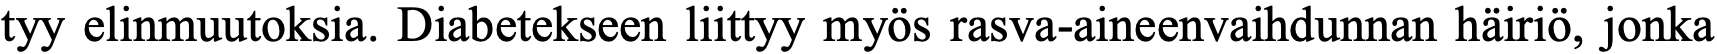
tyy elinmuutoksia. Diabetekseen liittyy myös rasva-aineenvaihdunnan häiriö, jonka